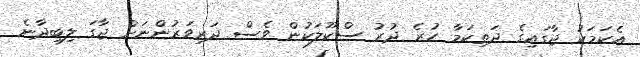
އެކަމަކު ޖާގައިގެ ދަތިކަމާ ހުރެ ދުރު ސްކޫލަކުން ވެސް ދަރިވަރުންނަށް ޖާގަ ލިބިދާނެ